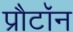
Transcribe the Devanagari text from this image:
प्रौटॉन